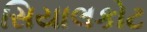
સિયાલકોટ